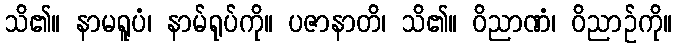
သိ၏။ နာမရူပံ၊ နာမ်ရုပ်ကို။ ပဇာနာတိ၊ သိ၏။ ဝိညာဏံ၊ ဝိညာဉ်ကို။